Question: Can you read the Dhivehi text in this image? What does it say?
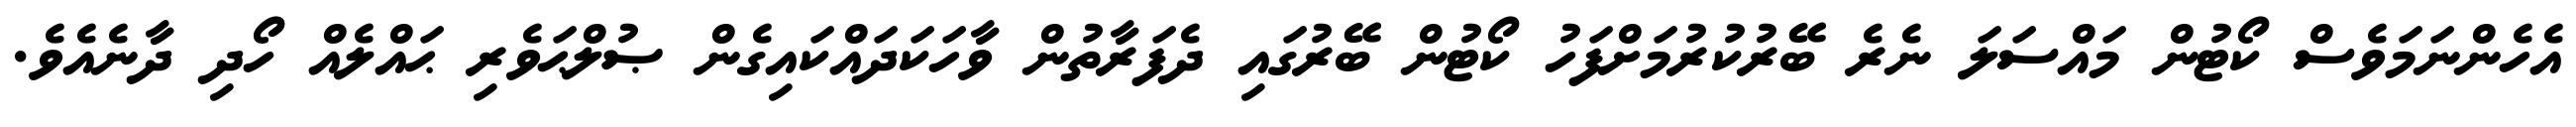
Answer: އެހެންނަމަވެސް ކޯޓުން މައްސަލަ ނެރެ ބޭރުކުރުމަށްފަހު ކޯޓުން ބޭރުގައި ދެފަރާތުން ވާހަކަދައްކައިގެން ޞުލްޙަވެރި ޙައްލެއް ހޯދި ދާނެއެވެ.